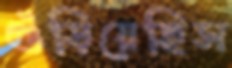
গুঁড়িয়েছিস